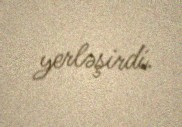
yerləşirdi.